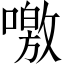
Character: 噭